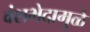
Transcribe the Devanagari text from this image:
वंशभेदामुळे